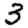
Digit: 3